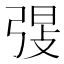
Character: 𫸸